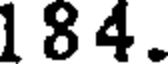
1 8 4 .